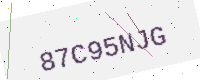
Text: 87C95NJG